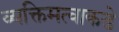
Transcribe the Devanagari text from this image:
व्यक्तिमत्वाकडे